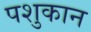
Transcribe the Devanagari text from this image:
पशुकान